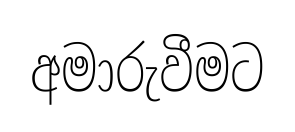
අමාරුවීමට